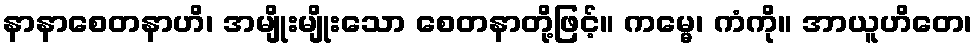
နာနာစေတနာဟိ၊ အမျိုးမျိုးသော စေတနာတို့ဖြင့်။ ကမ္မေ၊ ကံကို။ အာယူဟိတေ၊